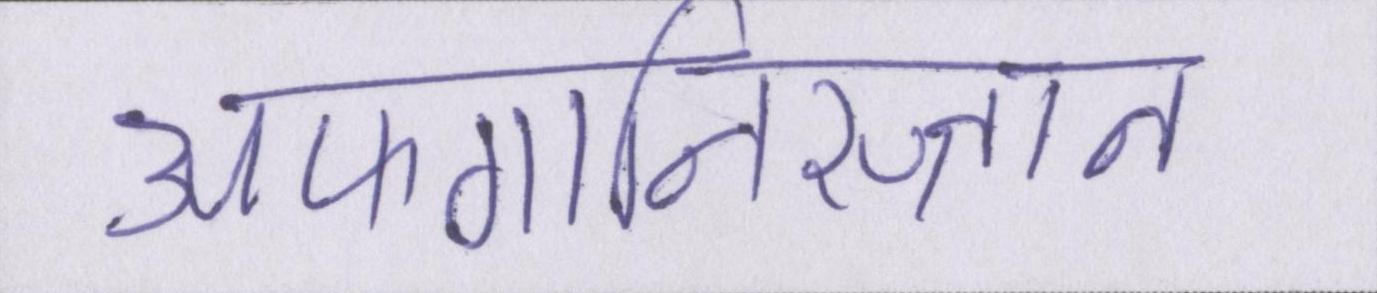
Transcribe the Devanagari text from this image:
अफगानिस्तान